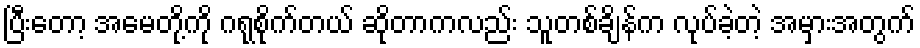
ပြီးတော့ အမေတို့ကို ဂရုစိုက်တယ် ဆိုတာကလည်း သူတစ်ချိန်က လုပ်ခဲ့တဲ့ အမှားအတွက်